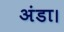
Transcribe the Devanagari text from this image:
अंडा।